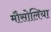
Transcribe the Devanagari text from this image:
मौसोलिया